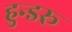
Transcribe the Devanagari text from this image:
हुन्डरू